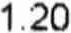
1.20